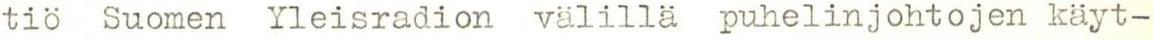
tiö Suomen Yleisradion välillä puhelinjohtojen käyt-